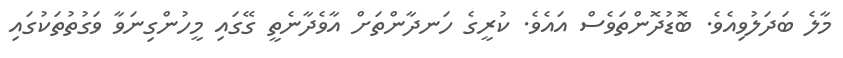
މާލެ ބަދަލުވިއެވެ. ބޮޑުދޮންތަވެސް އައެވެ. ކުރީގެ ހަނދާންތަށް އާވެދާނެތީ ގޭގައި މީހުންގިނަވާ ވަގުތުތަކުގައި